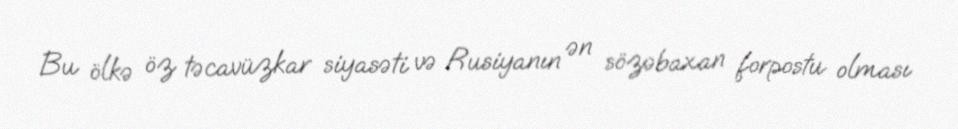
Bu ölkə öz təcavüzkar siyasəti və Rusiyanın ən sözəbaxan forpostu olması